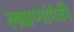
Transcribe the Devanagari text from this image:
लक्षणांपैकी